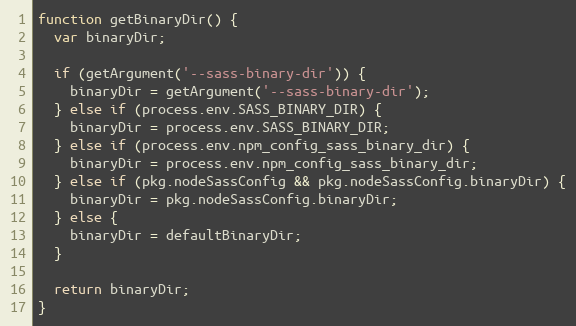
Language: JavaScript
function getBinaryDir() {
  var binaryDir;

  if (getArgument('--sass-binary-dir')) {
    binaryDir = getArgument('--sass-binary-dir');
  } else if (process.env.SASS_BINARY_DIR) {
    binaryDir = process.env.SASS_BINARY_DIR;
  } else if (process.env.npm_config_sass_binary_dir) {
    binaryDir = process.env.npm_config_sass_binary_dir;
  } else if (pkg.nodeSassConfig && pkg.nodeSassConfig.binaryDir) {
    binaryDir = pkg.nodeSassConfig.binaryDir;
  } else {
    binaryDir = defaultBinaryDir;
  }

  return binaryDir;
}